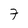
Character: 7